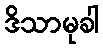
ဒိသာမုခါ